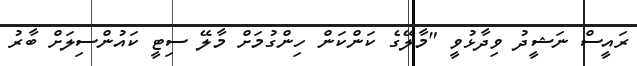
ރައީސް ނަޝީދު ވިދާޅުވީ "މާލޭގެ ކަންކަން ހިންގުމަށް މާލޭ ސިޓީ ކައުންސިލަށް ބާރު